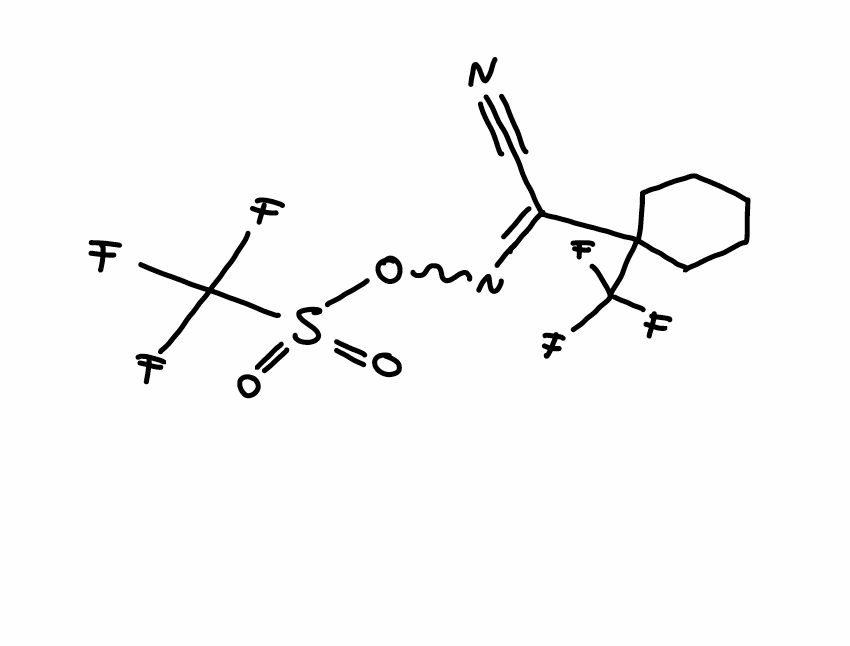
Simplified molecular-input line-entry system (SMILES) notation of the given molecule:
C1CCC(CC1)(C(=NOS(=O)(=O)C(F)(F)F)C#N)C(F)(F)F